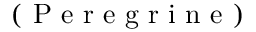
\begin{array} { r l } \end{array} \qquad \mathrm { ~ ( ~ P ~ e ~ r ~ e ~ g ~ r ~ i ~ n ~ e ~ ) ~ }